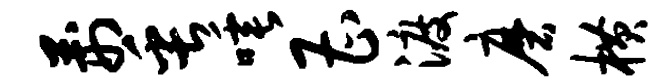
荆缶唾曹渡磨横